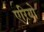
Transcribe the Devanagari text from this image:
एरियो